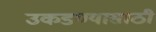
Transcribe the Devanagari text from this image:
उकडण्यासाठी